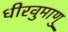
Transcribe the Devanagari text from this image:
धीरवुमाणु